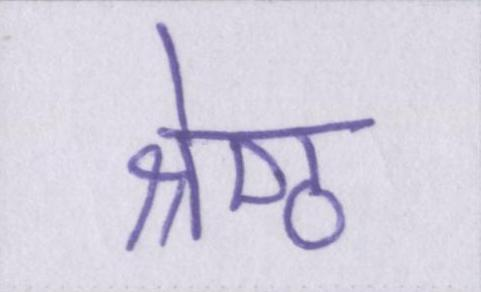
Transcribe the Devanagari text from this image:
श्रेष्ठ